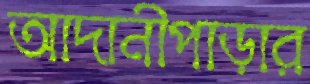
আদানীপাড়ার